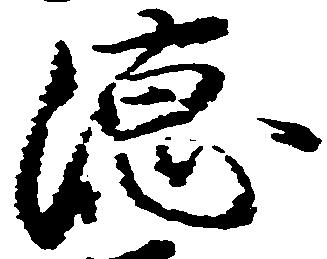
徳